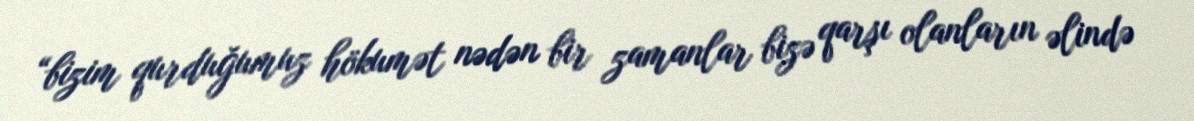
“bizim qurduğumuz hökumət nədən bir zamanlar bizə qarşı olanların əlində